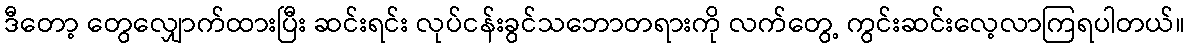
ဒီတော့ တွေလျှောက်ထားပြီး ဆင်းရင်း လုပ်ငန်းခွင်သဘောတရားကို လက်တွေ့ ကွင်းဆင်းလေ့လာကြရပါတယ်။